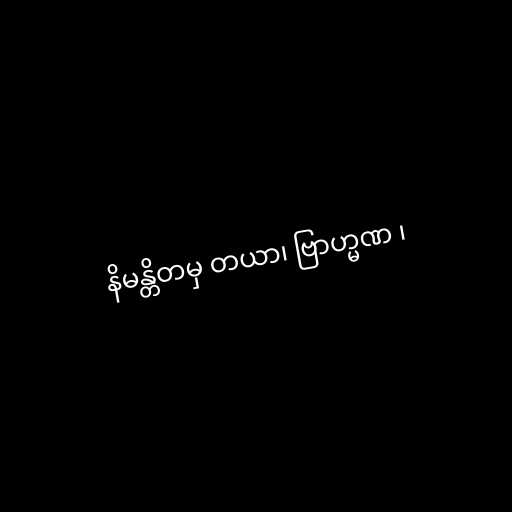
နိမန္တိတမှ တယာ၊ ဗြာဟ္မဏ ၊